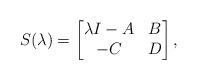
LaTeX: \begin{align*}S(\lambda)=\left[\begin{matrix}\lambda I - A & B\cr -C & D\end{matrix}\right],\end{align*}